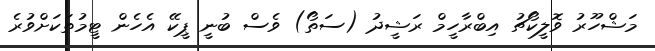
މަޝްހޫރު ވޮލީކޯޗު އިބްރާހީމް ރަޝީދު (ސަތޯ) ވެސް ބުނީ ޕީކޭ އެހެން ޓީމުތަކަށްވުރެ